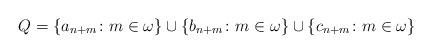
LaTeX: \begin{align*}Q = \{ a_{n+ m} \colon m \in \omega \} \cup \{ b_{n + m} \colon m \in \omega \}\cup \{ c_{n + m} \colon m \in \omega \}\end{align*}